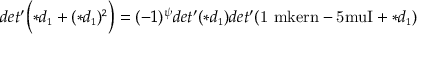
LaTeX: d e t ^ { \prime } \Bigl ( \ast d _ { \scriptscriptstyle 1 } + ( \ast d _ { \scriptscriptstyle 1 } ) ^ { \scriptscriptstyle 2 } \Bigr ) = ( - 1 ) ^ { \psi } d e t ^ { \prime } ( \ast d _ { \scriptscriptstyle 1 } ) d e t ^ { \prime } ( \mathrm { 1 \ m k e r n - 5 m u I } + \ast d _ { \scriptscriptstyle 1 } )